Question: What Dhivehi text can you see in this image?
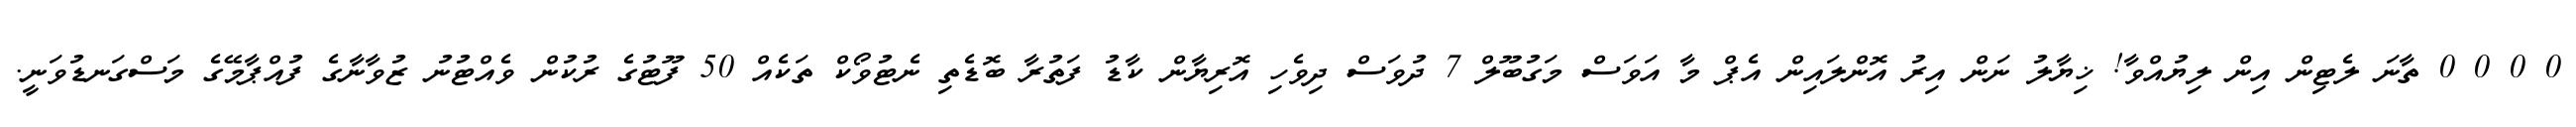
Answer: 0 0 0 0 ތާނަ ލެޓިން އިން ލިޔުއްވާ! ޚިޔާލު ނަން އިރު އޮންލައިން އެޕް މާ އަވަސް މަގުބޫލް 7 ދުވަސް ދިވެހި އޮރިޔާން ކާޑު ފަތުރާ ބޮޑެތި ނެޓުވޯކް ތަކެއް 50 ފޫޓުގެ ރުކުން ވެއްޓުނު ޒުވާނާގެ ފުއްޕާމޭގެ މަސްގަނޑުވަނީ.